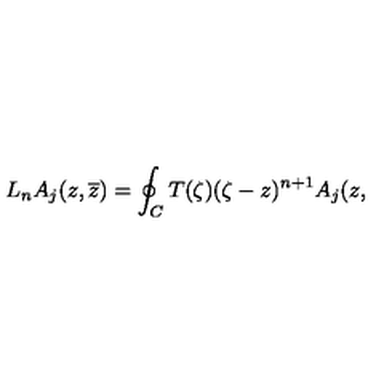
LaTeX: L _ { n } A _ { j } ( z , \overline { { z } } ) = \oint _ { C } T ( \zeta ) ( \zeta - z ) ^ { n + 1 } A _ { j } ( z ,